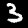
Label: 3